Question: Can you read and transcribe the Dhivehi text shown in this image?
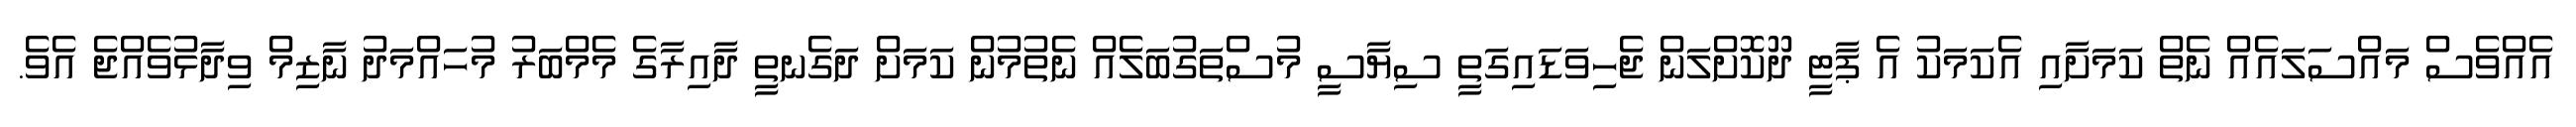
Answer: އެއްވެސް މައްސަލައެއް ނެތް ކަމަށާއި އެކަމަކު އެ ޕާޓީ ދޫކޮށްލަން ޖެހިވަޑައިގަތީ ސިޔާސީ މުސްތަގުބަލެއް ނެތުމުން ކަމަށް ދަގެނތީ ދާއިރާގެ މެމްބަރު މުހައްމަދު ނާޒިމް ވިދާޅުވެއްޖެ އެވެ.